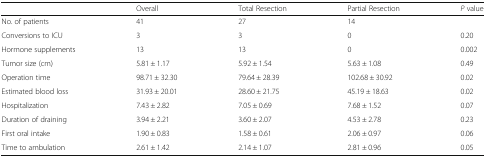
|  | Overall | Total Resection | Partial Resection | P value |
 | --- | --- | --- | --- | --- |
 | No. of patients | 41 | 27 | 14 |  |
 | Conversions to ICU | 3 | 3 | 0 | 0.20 |
 | Hormone supplements | 13 | 13 | 0 | 0.002 |
 | Tumor size (cm) | 5.81 ± 1.17 | 5.92 ± 1.54 | 5.63 ± 1.08 | 0.49 |
 | Operation time | 98.71 ± 32.30 | 79.64 ± 28.39 | 102.68 ± 30.92 | 0.02 |
 | Estimated blood loss | 31.93 ± 20.01 | 28.60 ± 21.75 | 45.19 ± 18.63 | 0.02 |
 | Hospitalization | 7.43 ± 2.82 | 7.05 ± 0.69 | 7.68 ± 1.52 | 0.07 |
 | Duration of draining | 3.94 ± 2.21 | 3.60 ± 2.07 | 4.53 ± 2.78 | 0.23 |
 | First oral intake | 1.90 ± 0.83 | 1.58 ± 0.61 | 2.06 ± 0.97 | 0.06 |
 | Time to ambulation | 2.61 ± 1.42 | 2.14 ± 1.07 | 2.81 ± 0.96 | 0.05 |